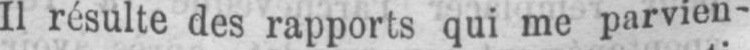
Il résulte des rapports qui me parvien-